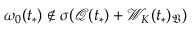
\omega _ { 0 } ( t _ { * } ) \not \in \sigma ( \mathcal { Q } ( t _ { * } ) + \mathcal { W } _ { K } ( t _ { * } ) _ { \mathfrak { V } } )